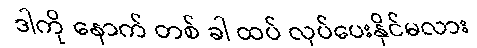
ဒါကို နောက် တစ် ခါ ထပ် လုပ်ပေးနိုင်မလား